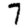
Digit: 7